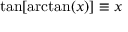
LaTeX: \tan [ \arctan ( x ) ] \equiv x